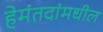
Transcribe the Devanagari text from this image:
हेमंतदांमधील